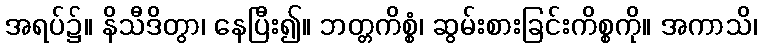
အရပ်၌။ နိသီဒိတွာ၊ နေပြီး၍။ ဘတ္တကိစ္စံ၊ ဆွမ်းစားခြင်းကိစ္စကို။ အကာသိ၊